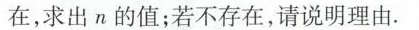
在，求出n的值；若不存在，请说明理由。